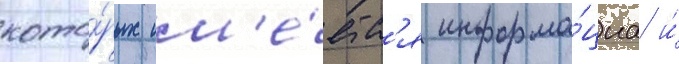
кото́рых им'е́етс'я информа́циа и́